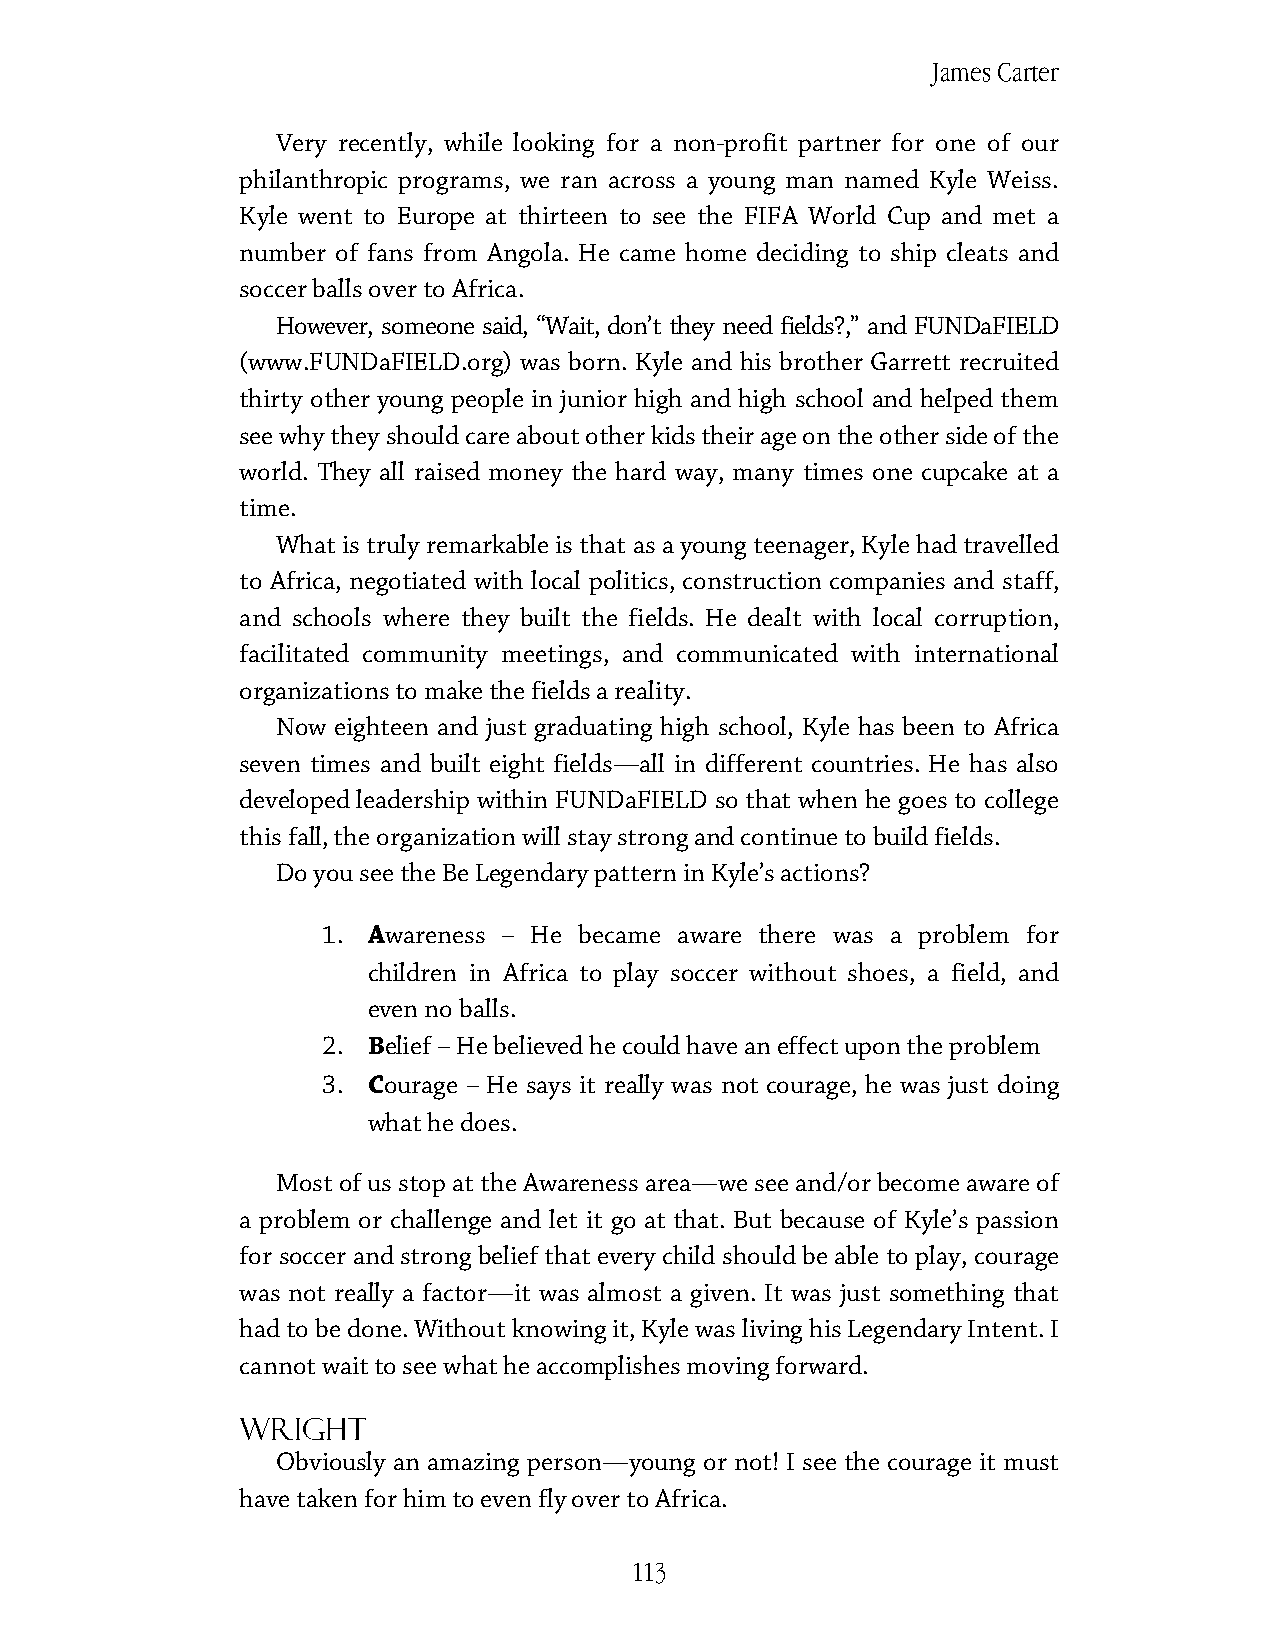
James Carter
 Very recently, while looking for a non-profit partner for one of our
 philanthropic programs, we ran across a young man named Kyle Weiss.
 Kyle went to Europe at thirteen to see the FIFA World Cup and met a
 number of fans from Angola. He came home deciding to ship cleats and
 soccer balls over to Africa.
 However, someone said, “Wait, don’t they need fields?,” and FUNDaFIELD
 (www.FUNDaFIELD.org) was born. Kyle and his brother Garrett recruited
 thirty other young people in junior high and high school and helped them
 see why they should care about other kids their age on the other side of the
 world. They all raised money the hard way, many times one cupcake at a
 time.
 What is truly remarkable is that as a young teenager, Kyle had travelled
 to Africa, negotiated with local politics, construction companies and staff,
 and schools where they built the fields. He dealt with local corruption,
 facilitated community meetings, and communicated with international
 organizations to make the fields a reality.
 Now eighteen and just graduating high school, Kyle has been to Africa
 seven times and built eight fields—all in different countries. He has also
 developed leadership within FUNDaFIELD so that when he goes to college
 this fall, the organization will stay strong and continue to build fields.
 Do you see the Be Legendary pattern in Kyle’s actions?
 1. Awareness – He became aware there was a problem for
 children in Africa to play soccer without shoes, a field, and
 even no balls.
 2. Belief – He believed he could have an effect upon the problem
 3. Courage – He says it really was not courage, he was just doing
 what he does.
 Most of us stop at the Awareness area—we see and/or become aware of
 a problem or challenge and let it go at that. But because of Kyle’s passion
 for soccer and strong belief that every child should be able to play, courage
 was not really a factor—it was almost a given. It was just something that
 had to be done. Without knowing it, Kyle was living his Legendary Intent. I
 cannot wait to see what he accomplishes moving forward.
 Wright
 Obviously an amazing person—young or not! I see the courage it must
 have taken for him to even fly over to Africa.
 113